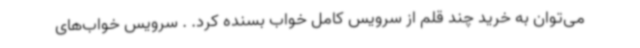
می‌توان به خرید چند قلم از سرویس کامل خواب بسنده کرد. . سرویس خواب‌های